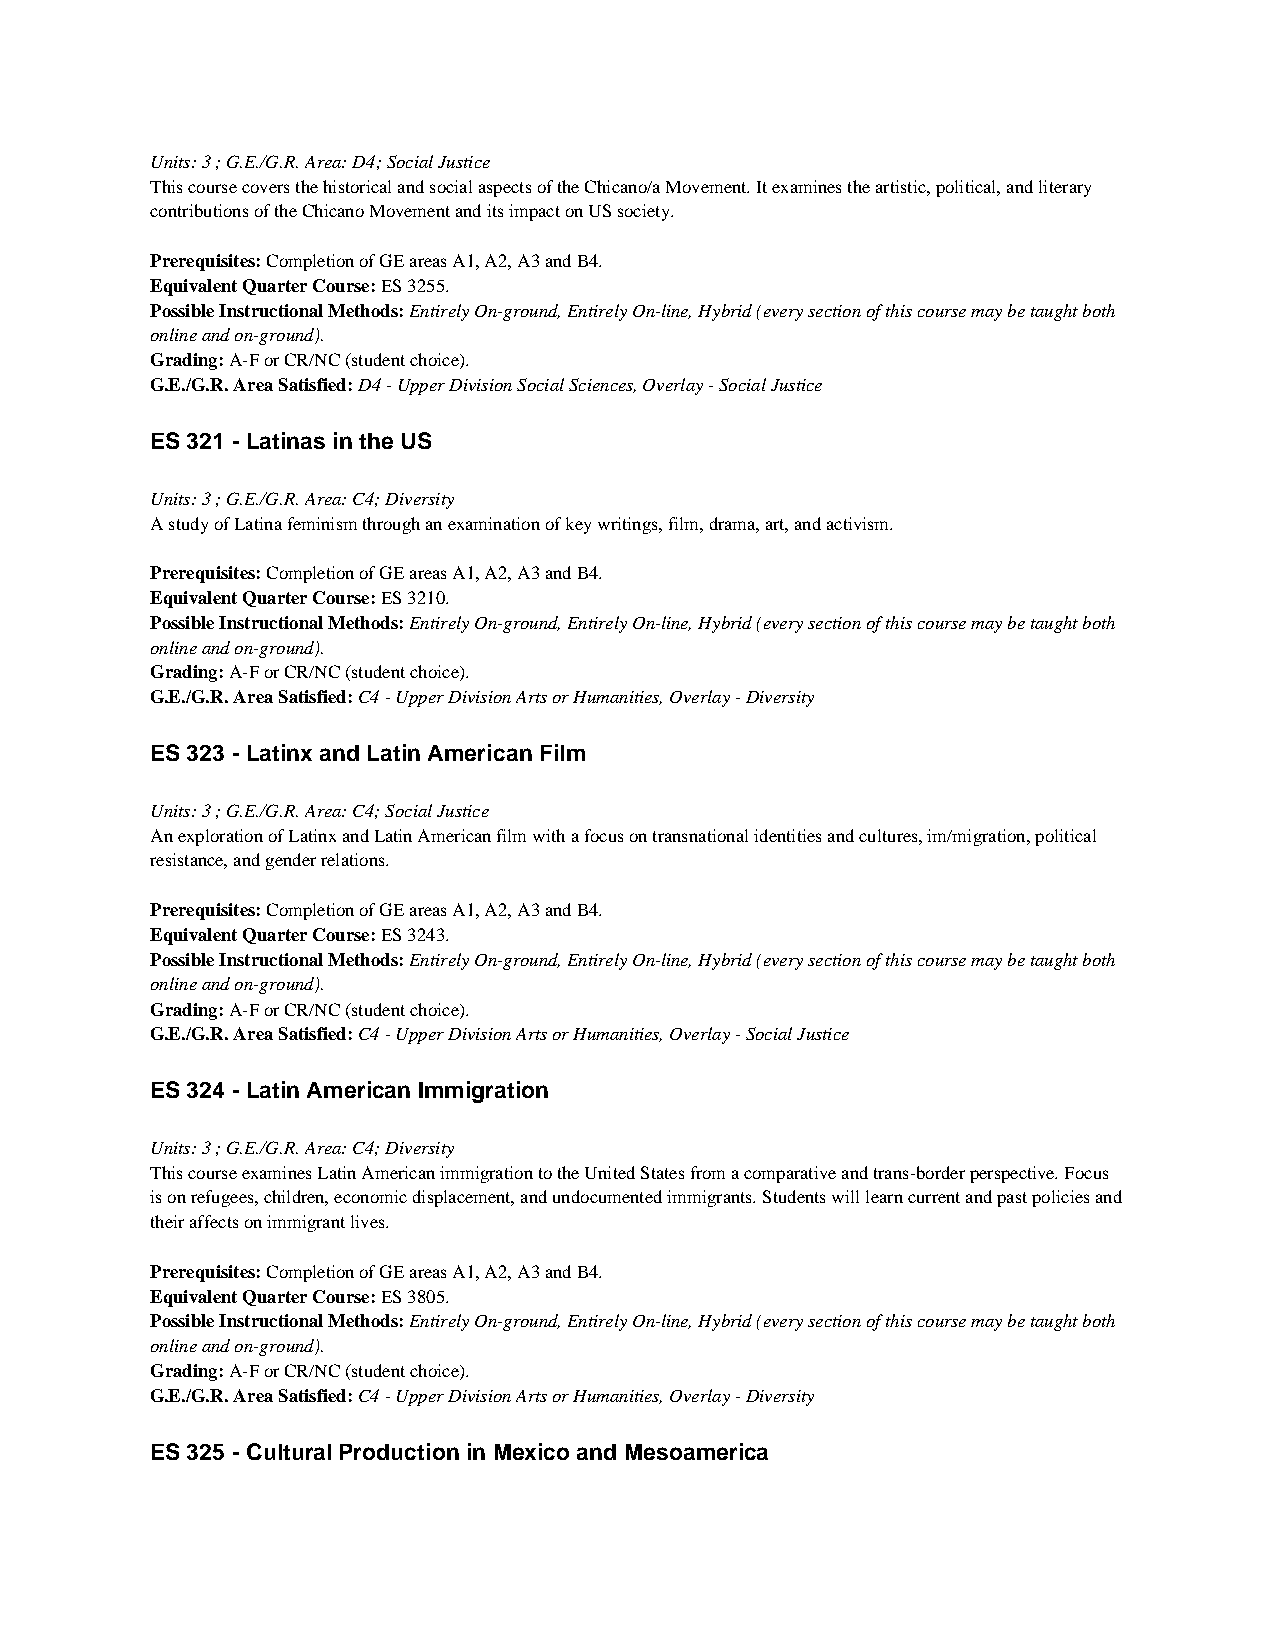
Units: 3 ; G.E./G.R. Area: D4; Social Justice
 This course covers the historical and social aspects of the Chicano/a Movement. It examines the artistic, political, and literary
 contributions of the Chicano Movement and its impact on US society.
 Prerequisites: Completion of GE areas A1, A2, A3 and B4.
 Equivalent Quarter Course: ES 3255.
 Possible Instructional Methods: Entirely On-ground, Entirely On-line, Hybrid (every section of this course may be taught both
 online and on-ground).
 Grading: A-F or CR/NC (student choice).
 G.E./G.R. Area Satisfied: D4 - Upper Division Social Sciences, Overlay - Social Justice
 ES 321 - Latinas in the US
 Units: 3 ; G.E./G.R. Area: C4; Diversity
 A study of Latina feminism through an examination of key writings, film, drama, art, and activism.
 Prerequisites: Completion of GE areas A1, A2, A3 and B4.
 Equivalent Quarter Course: ES 3210.
 Possible Instructional Methods: Entirely On-ground, Entirely On-line, Hybrid (every section of this course may be taught both
 online and on-ground).
 Grading: A-F or CR/NC (student choice).
 G.E./G.R. Area Satisfied: C4 - Upper Division Arts or Humanities, Overlay - Diversity
 ES 323 - Latinx and Latin American Film
 Units: 3 ; G.E./G.R. Area: C4; Social Justice
 An exploration of Latinx and Latin American film with a focus on transnational identities and cultures, im/migration, political
 resistance, and gender relations.
 Prerequisites: Completion of GE areas A1, A2, A3 and B4.
 Equivalent Quarter Course: ES 3243.
 Possible Instructional Methods: Entirely On-ground, Entirely On-line, Hybrid (every section of this course may be taught both
 online and on-ground).
 Grading: A-F or CR/NC (student choice).
 G.E./G.R. Area Satisfied: C4 - Upper Division Arts or Humanities, Overlay - Social Justice
 ES 324 - Latin American Immigration
 Units: 3 ; G.E./G.R. Area: C4; Diversity
 This course examines Latin American immigration to the United States from a comparative and trans-border perspective. Focus
 is on refugees, children, economic displacement, and undocumented immigrants. Students will learn current and past policies and
 their affects on immigrant lives.
 Prerequisites: Completion of GE areas A1, A2, A3 and B4.
 Equivalent Quarter Course: ES 3805.
 Possible Instructional Methods: Entirely On-ground, Entirely On-line, Hybrid (every section of this course may be taught both
 online and on-ground).
 Grading: A-F or CR/NC (student choice).
 G.E./G.R. Area Satisfied: C4 - Upper Division Arts or Humanities, Overlay - Diversity
 ES 325 - Cultural Production in Mexico and Mesoamerica